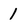
Character: 1